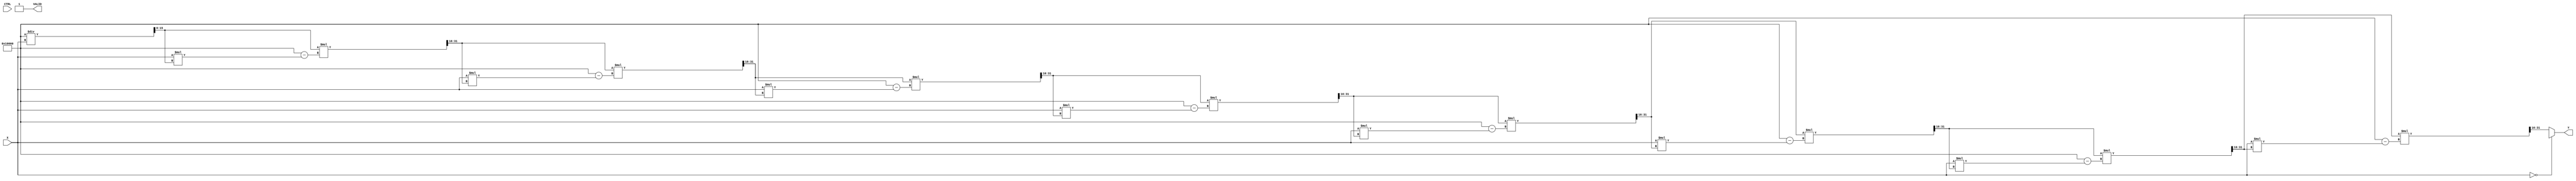
module BitwiseReciprocal #(
    parameter WIDTH = 16,  // Width of the input and output
    parameter CTRL_WIDTH = 1 // Control signal width
)(
    input wire [WIDTH-1:0] X,      // Input Data
    input wire [CTRL_WIDTH-1:0] CTRL, // Control Signal
    output reg [WIDTH-1:0] Y,       // Output Data
    output reg VALID                 // Valid Signal
);

    reg [WIDTH-1:0] approx;         // Approximation of reciprocal
    reg [WIDTH-1:0] temp;           // Temporary variable for calculations
    integer i;                      // Loop index

    always @* begin
        // Default outputs
        Y = 0;
        VALID = 0;

        // Check for zero input to avoid division by zero
        if (X == 0) begin
            // Handle division by zero case
            Y = {WIDTH{1'bx}}; // Indicate error (undefined)
            VALID = 1;
        end else begin
            // Initialize approximation using a simple method
            approx = (1 << WIDTH) / X; // Initial approximation (1.0 / X)

            // Iterative refinement (Newton-Raphson method)
            for (i = 0; i < 8; i = i + 1) begin
                temp = approx;
                approx = approx * (2**WIDTH - X * approx) >> WIDTH; // Update approximation
            end

            // Assign the computed reciprocal to output
            Y = approx;
            VALID = 1; // Indicate that output is valid
        end
    end
endmodule